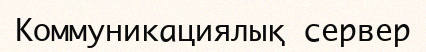
Коммуникациялық сервер